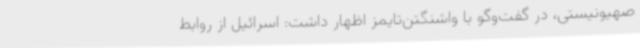
صهیونیستی، در گفت‌وگو با واشنگتن‌تایمز اظهار داشت: اسرائیل از روابط